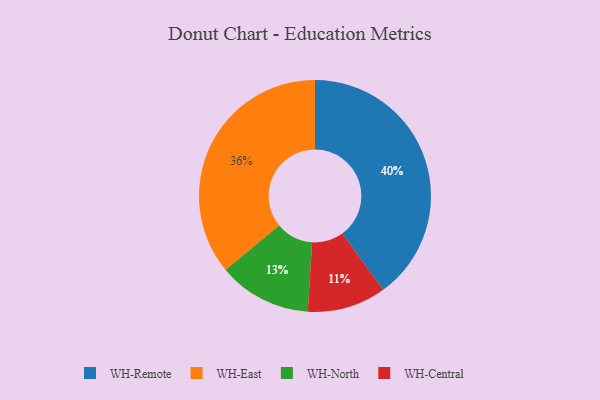
{"axis": {"x": "Category", "y": "Percentage"}, "legend": ["WH-Central", "WH-East", "WH-North", "WH-Remote"], "data": [{"x": "WH-Remote", "y": 40, "type": "WH-Remote"}, {"x": "WH-North", "y": 13, "type": "WH-North"}, {"x": "WH-Central", "y": 11, "type": "WH-Central"}, {"x": "WH-East", "y": 36, "type": "WH-East"}]}